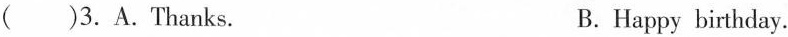
()3.A.Thanks.B. Happy birthday.